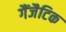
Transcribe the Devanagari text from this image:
गैंजैटिक